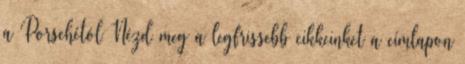
a Porschétól Nézd meg a legfrissebb cikkeinket a címlapon